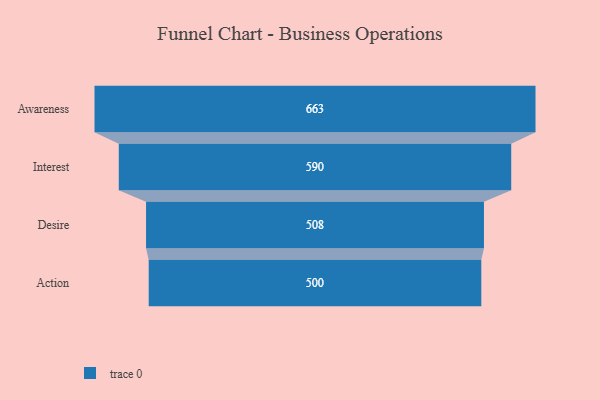
{"axis": {"x": "Stage", "y": "Value"}, "legend": [""], "data": [{"x": "Awareness", "y": 663.0, "type": ""}, {"x": "Interest", "y": 590.0, "type": ""}, {"x": "Desire", "y": 508.0, "type": ""}, {"x": "Action", "y": 500, "type": ""}]}